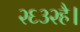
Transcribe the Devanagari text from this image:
२६३२है।